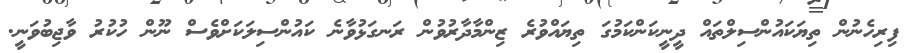
ފިރިހެނުން ތިޔަކައުންސިލްތައް ދީނީކަންކަމުގަ ތިޔައްވުރެ ޒިންމާދާރުވުން ރަނގަޅުވާނެ ކައުންސިލަކަށްވެސް ނޫން ހުކުރު ވާޖިބުވަނީ.